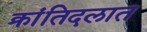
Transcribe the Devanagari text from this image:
क्रांतिदलात